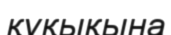
құқықына